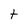
Character: t